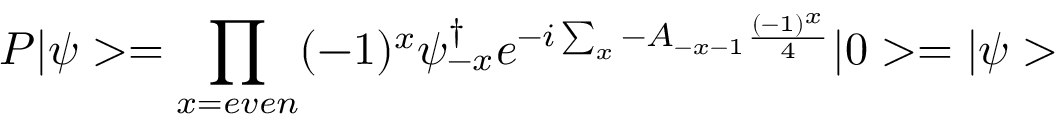
P | \psi > = \prod _ { x = e v e n } ( - 1 ) ^ { x } \psi _ { - x } ^ { \dagger } e ^ { - i \sum _ { x } - A _ { - x - 1 } \frac { ( - 1 ) ^ { x } } { 4 } } | 0 > = | \psi >